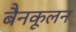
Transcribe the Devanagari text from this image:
बैनकूलन